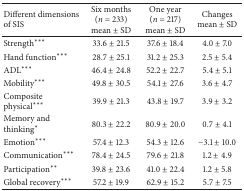
<table><thead><tr><td><b>Different dimensions of SIS</b></td><td><b>Six months (<i>n</i> = 233) mean ± SD</b></td><td><b>One year (<i>n</i> = 217) mean ± SD</b></td><td><b>Changes mean ± SD</b></td></tr></thead><tbody><tr><td>Strength***</td><td>33.6 ± 21.5</td><td>37.6 ± 18.4</td><td>4.0 ± 7.0</td></tr><tr><td>Hand function***</td><td>28.7 ± 25.1</td><td>31.2 ± 25.3</td><td>2.5 ± 5.4</td></tr><tr><td>ADL***</td><td>46.4 ± 24.8</td><td>52.2 ± 22.7</td><td>5.4 ± 5.1</td></tr><tr><td>Mobility***</td><td>49.8 ± 30.5</td><td>54.1 ± 27.6</td><td>3.6 ± 4.7</td></tr><tr><td>Composite physical***</td><td>39.9 ± 21.3</td><td>43.8 ± 19.7</td><td>3.9 ± 3.2</td></tr><tr><td>Memory and thinking*</td><td>80.3 ± 22.2</td><td>80.9 ± 20.0</td><td>0.7 ± 4.1</td></tr><tr><td>Emotion***</td><td>57.4 ± 12.3</td><td>54.3 ± 12.6</td><td>−3.1 ± 10.0</td></tr><tr><td>Communication***</td><td>78.4 ± 24.5</td><td>79.6 ± 21.8</td><td>1.2 ± 4.9</td></tr><tr><td>Participation**</td><td>39.8 ± 23.6</td><td>41.0 ± 22.4</td><td>1.2 ± 5.8</td></tr><tr><td>Global recovery***</td><td>57.2 ± 19.9</td><td>62.9 ± 15.2</td><td>5.7 ± 7.5</td></tr></tbody></table>